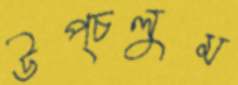
উপ্‌চলুম